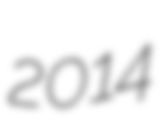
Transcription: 2014